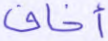
أخاف